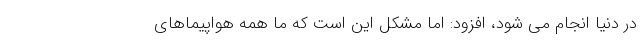
در دنیا انجام می شود، افزود: اما مشکل این است که ما همه هواپیماهای